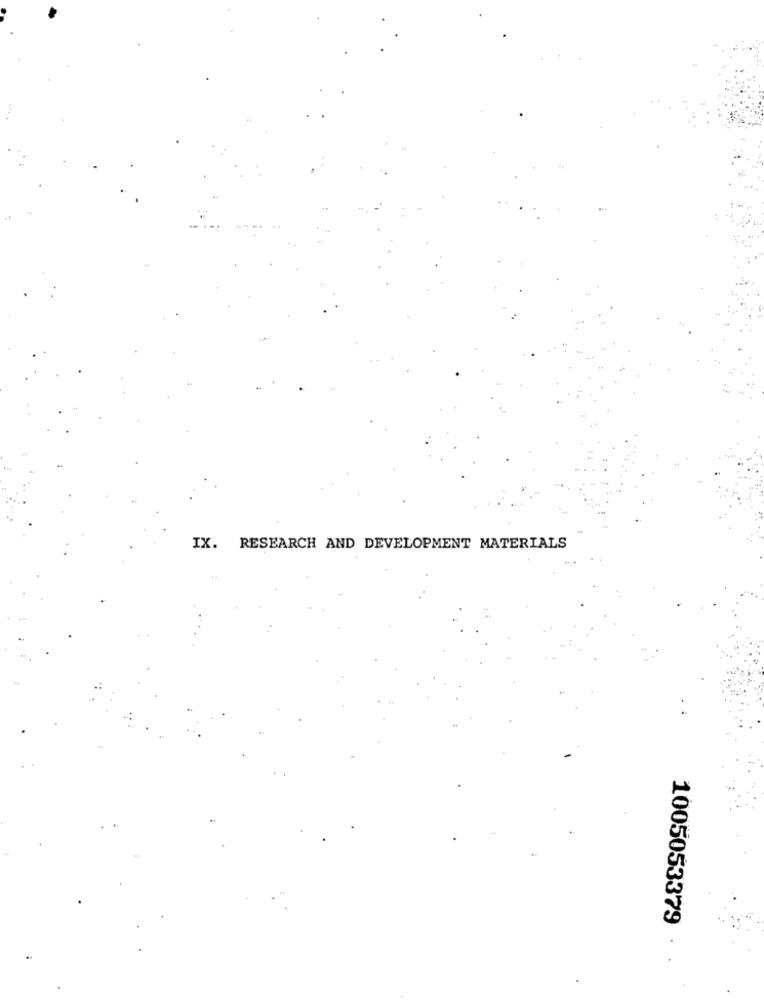
IX. RESEARCH AND DEVELOPMENT MATERIALS
1005053379